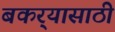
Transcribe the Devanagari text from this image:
बकर्‍यासाठी